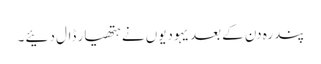
پندرہ دن کے بعد یہودیوں نے ہتھیار ڈال دئیے ۔